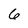
Character: 6